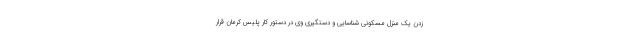
زدن یک منزل مسکونی شناسایی و دستگیری وی در دستور کار پلیس کرمان قرار